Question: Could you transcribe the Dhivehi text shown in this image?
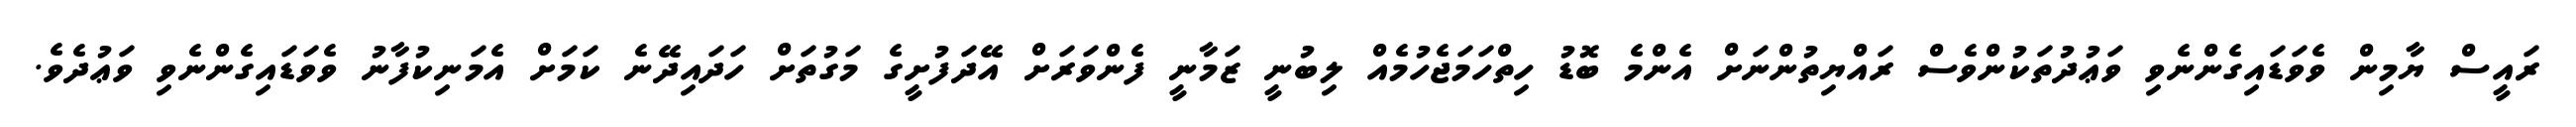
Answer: ރައީސް ޔާމިން ވެވަޑައިގެންނެވި ވަޢުދުތަކުންވެސް ރައްޔިތުންނަށް އެންމެ ބޮޑު ހިތްހަމަޖެހުމެއް ލިބުނީ ޒަމާނީ ފެންވަރަށް އޭދަފުށީގެ މަގުތަށް ހަދައިދޭނެ ކަމަށް އެމަނިކުފާނު ވެވަޑައިގެންނެވި ވަޢުދެވެ.